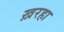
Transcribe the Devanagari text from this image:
ख़रहा